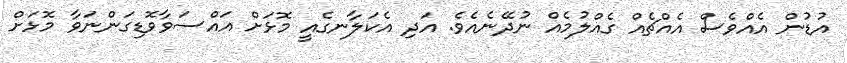
އުޑުން އެއްވެސް އެއްޗެއް ގެއްލުމެއް ނުދޭނެއެވެ. އަދި އެކަލާނގެއީ މޮޅަށް އައްސަވާވޮޑިގަންނަވާ މޮޅަށް